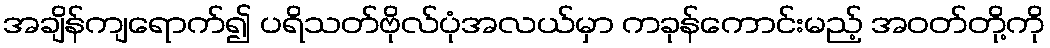
အချိန်ကျရောက်၍ ပရိသတ်ဗိုလ်ပုံအလယ်မှာ ကခုန်ကောင်းမည့် အဝတ်တို့ကို